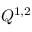
Q ^ { 1 , 2 }